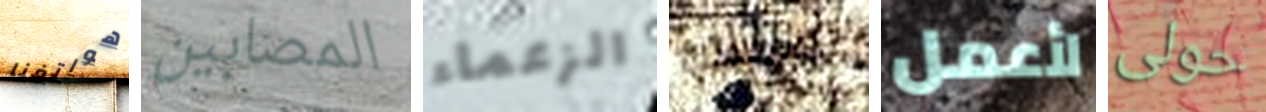
هواتفنا المصابين الزعماء سجلاتك لأعمل حولى